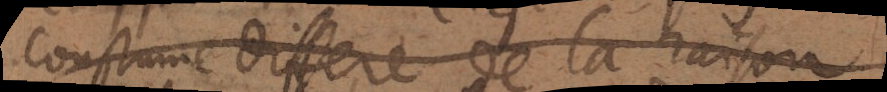
coustume differe de la raison